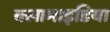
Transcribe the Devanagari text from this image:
क्लामाइडिया